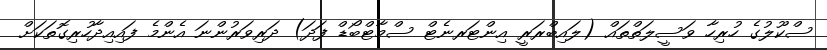
ސްކޫލުގެ ހުރިހާ ވަސީލަތްތައް (ލައިބްރަރީ އިންޓަރނެޓް ސްމާޓްބޯޑް ފަދަ) ދަރިވަރުންނަ އެންމެ ފައިއިދާހުރިގޮތަކަށް